Report of an investigation of the epidemic of malarial fever in Assam, or, kala-azar
Disease focus: Malaria
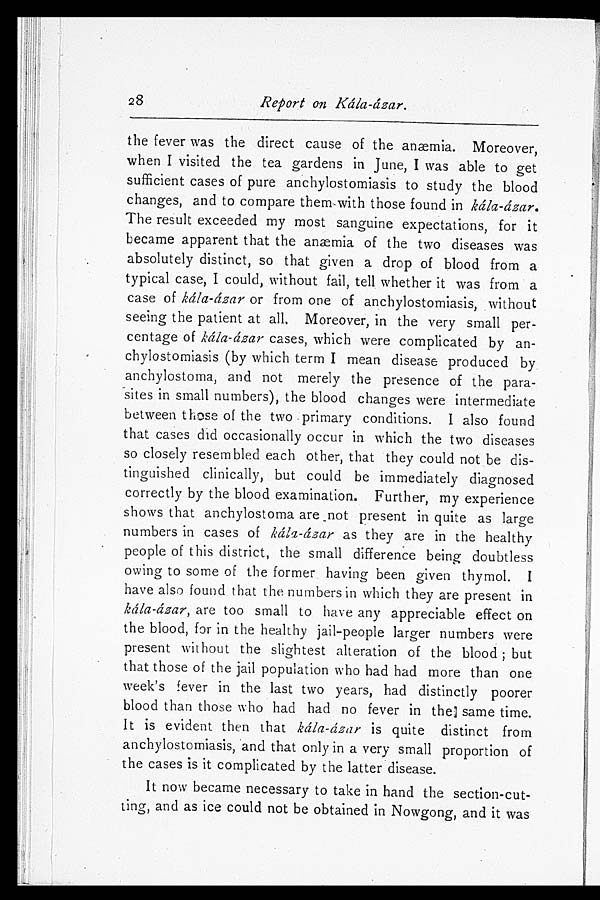
Report on Kála-ázar.
the fever was the direct cause of the anæmia. Moreover,
when I visited the tea gardens in June, I was able to get
sufficient cases of pure anchylostomiasis to study the blood
changes, and to compare them-with those found in kála-ázar.
The result exceeded my most sanguine expectations, for it
became apparent that the anæmia of the two diseases was
absolutely distinct, so that given a drop of blood from a
typical case, I could, without fail, tell whether it was from a
case of kála-ázar or from one of anchylostomiasis, without
seeing the patient at all. Moreover, in the very small per-
centage of kála-ázar cases, which were complicated by an-
chylostomiasis (by which term I mean disease produced by
anchylostoma, and not merely the presence of the para-
sites in small numbers), the blood changes were intermediate
between those of the two primary conditions. I also found
that cases did occasionally occur in which the two diseases
so closely resembled each other, that they could not be dis-
tinguished clinically, but could be immediately diagnosed
correctly by the blood examination. Further, my experience
shows that anchylostoma are _not present in quite as large
numbers in cases of kála-ázar as they are in the healthy
people of this district, the small difference being doubtless
owing to some of the former having been given thymol. I
have also found that the numbers in which they are present in
kála-ázar, are too small to have any appreciable effect on
the blood, for in the healthy jail-people larger numbers were
present without the slightest alteration of the blood ; but
that those of the jail population who had had more than one
week's fever in the last two years, had distinctly poorer
blood than those who had had no fever in the same time.
It is evident then that kála-ázar is quite distinct from
anchylostomiasis, and that only in a very small proportion of
the cases is it complicated by the latter disease.
It now became necessary to take in hand the section-cut-
ting, and as ice could not be obtained in Nowgong, and it was
28